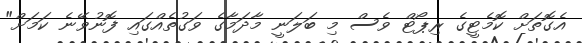
އެގޮތަށް ކޮމެޓީގެ ރިޕޯޓް ވެސް މި ބަލަނީ މާދަމާގެ ވަގުތެއްގައި ފޮނުވޭނެ ކަމަށް"